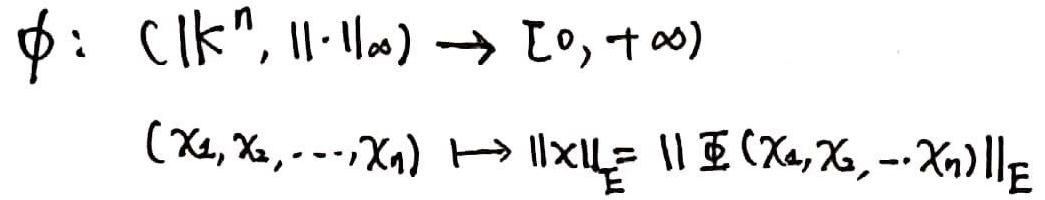
\[
\begin{align*}
\phi: (\mathbb{K}^n, \|\cdot\|_{\infty}) &\to [0, +\infty)\\
(x_1, x_2, \ldots, x_n) &\mapsto \|x\|_E = \|\Phi(x_1, x_2, \ldots x_n)\|_E
\end{align*}
\]